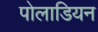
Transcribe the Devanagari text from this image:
पोलाडियन